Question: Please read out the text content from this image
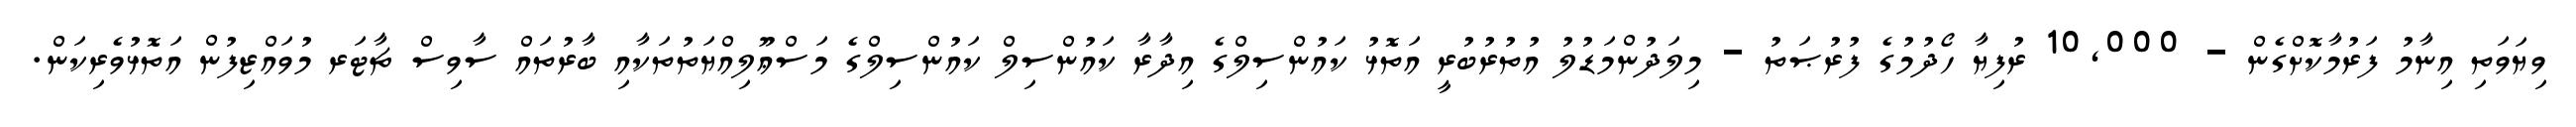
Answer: ވިޔަވަތި އިނާމު ފަރުމާކޮށްގެން - 10,000 ރުފިޔާ ހޯދުމުގެ ފުރުޞަތު - މިލަދުންމަޑުލު އުތުރުބުރީ އަތޮޅު ކައުންސިލްގެ އިދާރާ ކައުންސިލް ކައުންސިލްގެ މަސްޢޫލިއްޔަތުތަކާއި ބާރުތައް ސާވިސް ޗާޓަރ މުވައްޒިފުން އަތޮޅުވެރިކަން.